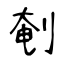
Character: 剦